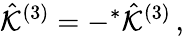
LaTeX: \hat{\cal K}^{(3)}=-{}^{*}\hat{\cal K}^{(3)}\, ,